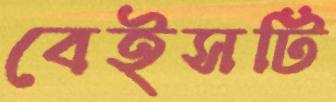
বেইসটি